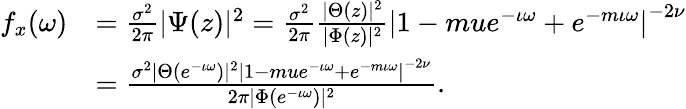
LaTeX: \begin{array}{rl}{f_{x}(\omega)}&{=\frac{\sigma^{2}}{2\pi}\lvert\Psi(z)\rvert^{2}=\frac{\sigma^{2}}{2\pi}\frac{\lvert\Theta(z)\rvert^{2}}{\lvert\Phi(z)\rvert^{2}}\left\lvert 1-mue^{-\iota\omega}+e^{-m\iota\omega}\right\rvert^{-2\nu}}\\ &{=\frac{\sigma^{2}\lvert\Theta(e^{-\iota\omega})\rvert^{2}\left\lvert 1-mue^{-\iota\omega}+e^{-m\iota\omega}\right\rvert^{-2\nu}}{2\pi\lvert\Phi(e^{-\iota\omega})\rvert^{2}}.}\end{array}